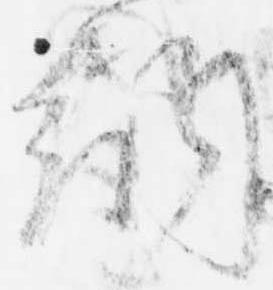
納